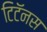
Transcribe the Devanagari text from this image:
टिटॅनस